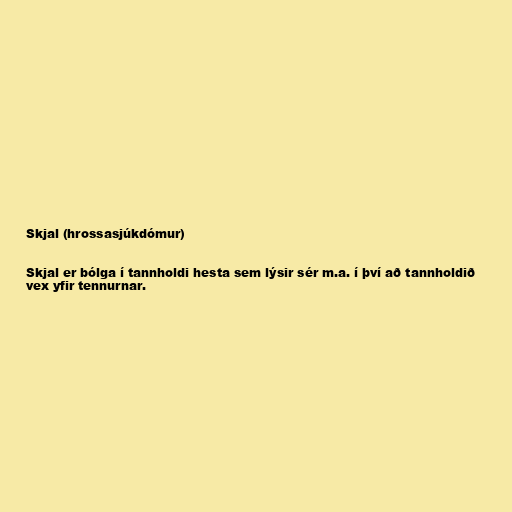
Skjal (hrossasjúkdómur)

Skjal er bólga í tannholdi hesta sem lýsir sér m.a. í því að tannholdið
vex yfir tennurnar.